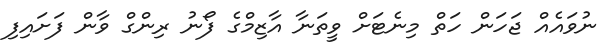
ނުވައެއް ޖަހަން ހަތް މިނެޓަށް ވީތަނާ އާޒިމްގެ ފޯނު ރިންގް ވާން ފަށައިފި